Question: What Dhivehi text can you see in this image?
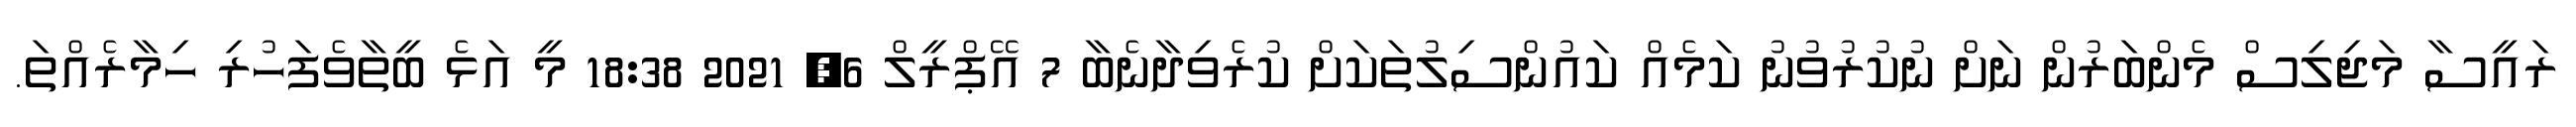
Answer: ރައީސާ މަޖިލިސް މެންބަރުން ނަށް ނުކުރުވުނު ކަމެއް ކައުންސިލުތަކަށް ކުރެވިދާނެބާ 7 އޭޕްރީލް 6, 2021 18:38 މީ އަޅެ ބީތާވެފަހުރި ހިމާރެއްތަ.